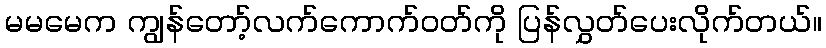
မမမေက ကျွန်တော့်လက်ကောက်ဝတ်ကို ပြန်လွှတ်ပေးလိုက်တယ်။